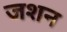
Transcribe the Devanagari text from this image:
जशन